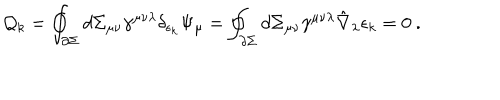
LaTeX: { \cal Q } _ { k } = \oint _ { \partial \Sigma } d \Sigma _ { \mu \nu } \gamma ^ { \mu \nu \lambda } \delta _ { \epsilon _ { k } } \Psi _ { \mu } = \oint _ { \partial \Sigma } d \Sigma _ { \mu \nu } \gamma ^ { \mu \nu \lambda } \hat { \nabla } _ { \lambda } \epsilon _ { k } = 0 \ .